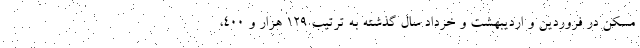
مسکن در فروردین و اردیبهشت و خرداد سال گذشته به ترتیب ۱۲۹ هزار و ۴۰۰،